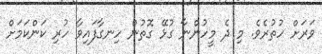
ވަރަށް ހުތުރެވެ. މި ދެ މީހުންނާ ގުޅޭ ގޮތުން ހިނގާފައިވާ ހުރި ކަންކަމަށް